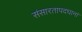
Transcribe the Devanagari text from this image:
संसारतापदघानां